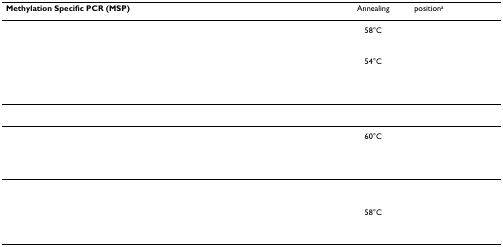
<table><thead><tr><td><b>Methylation Specific PCR (MSP)</b></td><td><b>Annealing</b></td><td><b>position<sup>a</sup></b></td></tr></thead><tbody><tr><td>[EMPTY_CELL]</td><td>58°C</td><td>[EMPTY_CELL]</td></tr><tr><td>[EMPTY_CELL]</td><td>[EMPTY_CELL]</td><td>[EMPTY_CELL]</td></tr><tr><td>[EMPTY_CELL]</td><td>[EMPTY_CELL]</td><td>[EMPTY_CELL]</td></tr><tr><td>[EMPTY_CELL]</td><td>54°C</td><td>[EMPTY_CELL]</td></tr><tr><td>[EMPTY_CELL]</td><td>[EMPTY_CELL]</td><td>[EMPTY_CELL]</td></tr><tr><td>[EMPTY_CELL]</td><td>[EMPTY_CELL]</td><td>[EMPTY_CELL]</td></tr><tr><td>[EMPTY_CELL]</td><td>[EMPTY_CELL]</td><td>[EMPTY_CELL]</td></tr><tr><td>[EMPTY_CELL]</td><td>[EMPTY_CELL]</td><td>[EMPTY_CELL]</td></tr><tr><td>[EMPTY_CELL]</td><td>60°C</td><td>[EMPTY_CELL]</td></tr><tr><td>[EMPTY_CELL]</td><td>[EMPTY_CELL]</td><td>[EMPTY_CELL]</td></tr><tr><td>[EMPTY_CELL]</td><td>[EMPTY_CELL]</td><td>[EMPTY_CELL]</td></tr><tr><td>[EMPTY_CELL]</td><td>[EMPTY_CELL]</td><td>[EMPTY_CELL]</td></tr><tr><td>[EMPTY_CELL]</td><td>[EMPTY_CELL]</td><td>[EMPTY_CELL]</td></tr><tr><td>[EMPTY_CELL]</td><td>58°C</td><td>[EMPTY_CELL]</td></tr><tr><td>[EMPTY_CELL]</td><td>[EMPTY_CELL]</td><td>[EMPTY_CELL]</td></tr><tr><td>[EMPTY_CELL]</td><td>[EMPTY_CELL]</td><td>[EMPTY_CELL]</td></tr></tbody></table>